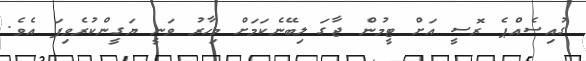
ގުއިސެއްޕެ ރޮސީ އަށް ޓީމުން ޖާގަ ލިބޭނެކަމަށް މިހާރު ވަނީ ޔަގީންކުރެވިފަ އެވެ.